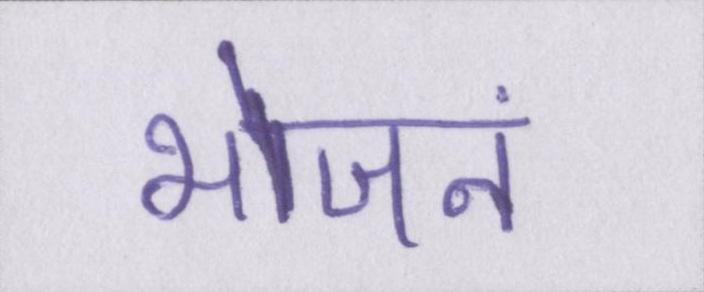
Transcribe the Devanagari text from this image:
भोजनं